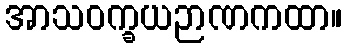
အာသဝက္ခယဉာဏကထာ။